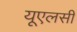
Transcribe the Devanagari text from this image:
यूएलसी